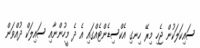
ސައިކަލަކުން ޖެހި މިރޭ ހިނގި އެކްސިޑެންޓެއްގައި އެ ދެ މީހުންނާއި ސައިލަކް ދުއްވަން